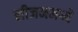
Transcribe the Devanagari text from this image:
लीजनमध्ये